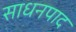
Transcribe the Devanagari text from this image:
साधनपाद